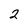
Character: 2